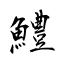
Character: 鱧